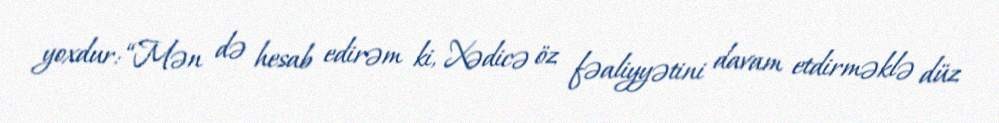
yoxdur: “Mən də hesab edirəm ki, Xədicə öz fəaliyyətini davam etdirməklə düz